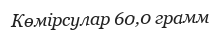
Көмірсулар 60,0 грамм